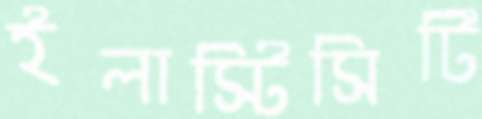
ইলাস্টিসিটি